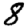
Digit: 8